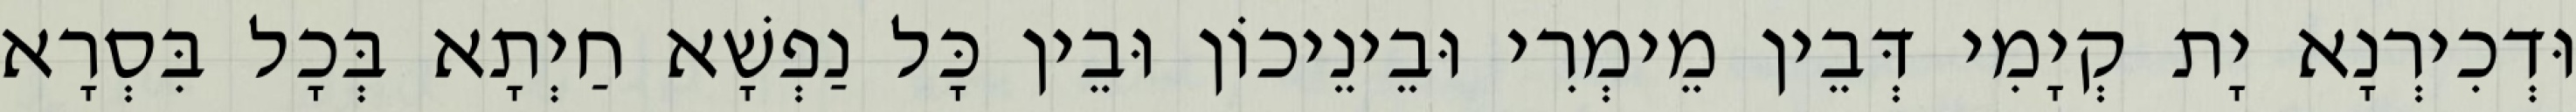
וּדְכִירְנָא יָת קְיָמִי דְּבֵין מֵימְרִי וּבֵינֵיכוֹן וּבֵין כָּל נַפְשָׁא חַיְתָא בְּכָל בִּסְרָא